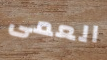
العمى